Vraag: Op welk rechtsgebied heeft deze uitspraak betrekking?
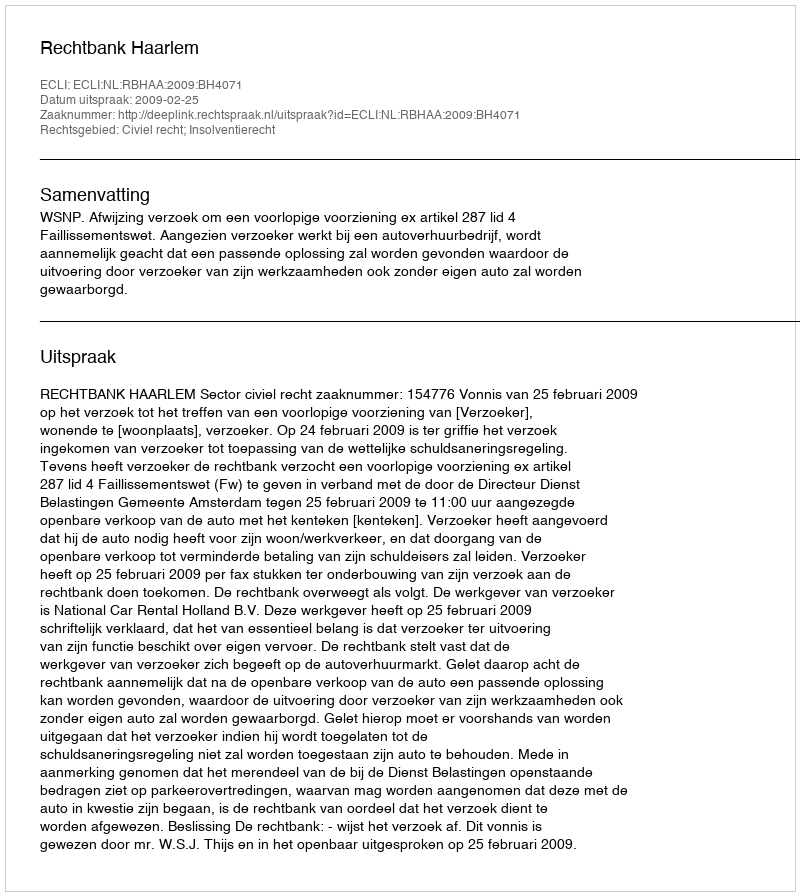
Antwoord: Civiel recht; Insolventierecht